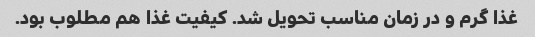
غذا گرم و در زمان مناسب تحویل شد. کیفیت غذا هم مطلوب بود.